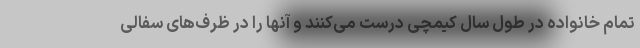
تمام خانواده در طول سال کیمچی درست می‌کنند و آنها را در ظرف‌های سفالی